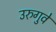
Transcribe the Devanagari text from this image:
उरुगुवे